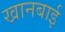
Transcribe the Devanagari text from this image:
खानबाई